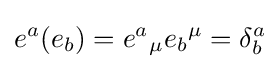
e^{a}(e_{b})=e^{a}{}_{\mu }e_{b}{}^{\mu }=\delta _{b}^{a}